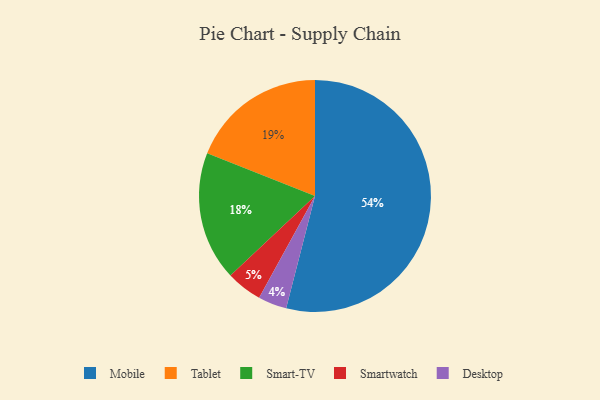
{"axis": {"x": "Category", "y": "Percentage"}, "legend": ["Desktop", "Mobile", "Smart-TV", "Smartwatch", "Tablet"], "data": [{"x": "Desktop", "y": 4, "type": "Desktop"}, {"x": "Mobile", "y": 54, "type": "Mobile"}, {"x": "Smart-TV", "y": 18, "type": "Smart-TV"}, {"x": "Tablet", "y": 19, "type": "Tablet"}, {"x": "Smartwatch", "y": 5, "type": "Smartwatch"}]}